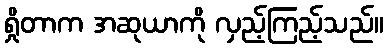
ရှိုတာက အဆုယာကို လှည့်ကြည့်သည်။